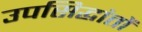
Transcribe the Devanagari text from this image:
उपसिद्धांतों